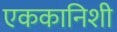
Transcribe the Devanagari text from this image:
एककानिशी